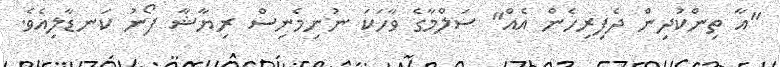
"އާ ތިންކުދިން ދެފިރިހެން އެއް" ސަލްމާގެ ވާހަކަ ނުނިމެނިސް ރިޔާޝާ ފޯނު ކަނޑާލިއެވެ.